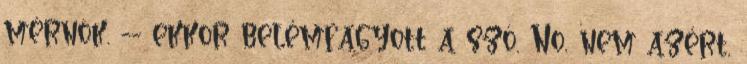
mérnök. -- ekkor belémfagyott a szó. No, nem azért,